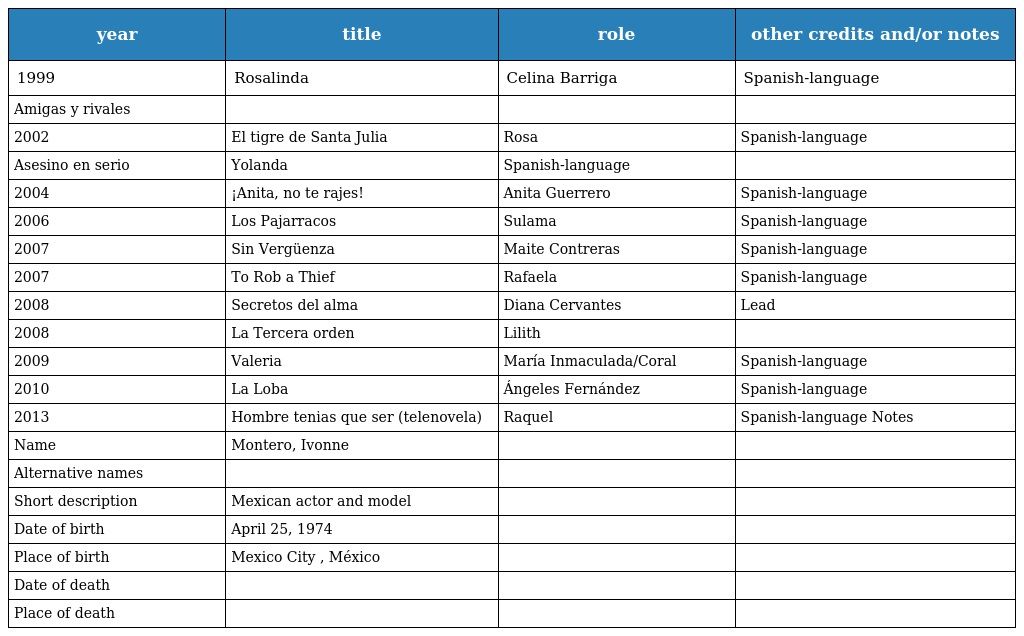
| year | title | role | other credits and/or notes |
 | --- | --- | --- | --- |
 | 1999 | Rosalinda | Celina Barriga | Spanish-language |
 | Amigas y rivales |  |  |  |
 | 2002 | El tigre de Santa Julia | Rosa | Spanish-language |
 | Asesino en serio | Yolanda | Spanish-language |  |
 | 2004 | ¡Anita, no te rajes! | Anita Guerrero | Spanish-language |
 | 2006 | Los Pajarracos | Sulama | Spanish-language |
 | 2007 | Sin Vergüenza | Maite Contreras | Spanish-language |
 | 2007 | To Rob a Thief | Rafaela | Spanish-language |
 | 2008 | Secretos del alma | Diana Cervantes | Lead |
 | 2008 | La Tercera orden | Lilith |  |
 | 2009 | Valeria | María Inmaculada/Coral | Spanish-language |
 | 2010 | La Loba | Ángeles Fernández | Spanish-language |
 | 2013 | Hombre tenias que ser (telenovela) | Raquel | Spanish-language Notes |
 | Name | Montero, Ivonne |  |  |
 | Alternative names |  |  |  |
 | Short description | Mexican actor and model |  |  |
 | Date of birth | April 25, 1974 |  |  |
 | Place of birth | Mexico City , México |  |  |
 | Date of death |  |  |  |
 | Place of death |  |  |  |